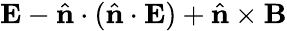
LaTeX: {\mathbf E}-\hat{\mathbf n}\cdot(\hat{\mathbf n}\cdot{\mathbf E})+\hat{\mathbf n}\times{\mathbf B}